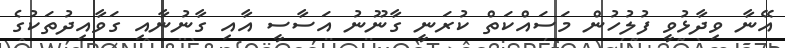
އޭނާ ވިދާޅުވީ ފުލުހުން މަސައްކަތް ކުރަނީ ގާނޫނު އަސާސީ އާއި ގާނުނާއި ގަވާއިދުތަކުގެ